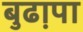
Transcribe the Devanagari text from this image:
बुढा़पा